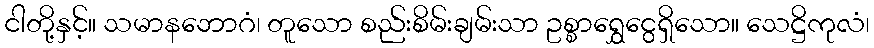
ငါတို့နှင့်။ သမာနဘောဂံ၊ တူသော စည်းစိမ်းချမ်းသာ ဥစ္စာရွှေငွေရှိသော။ သေဋ္ဌိကုလံ၊